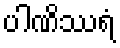
ပါဏိဿရံ